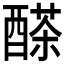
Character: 𨢕